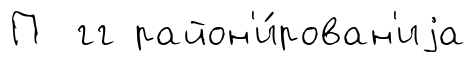
П гг район'и́рован'иjа